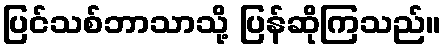
ပြင်သစ်ဘာသာသို့ ပြန်ဆိုကြသည်။